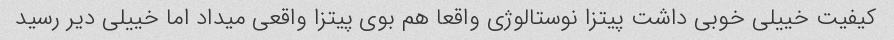
کیفیت خییلی خوبی داشت پیتزا نوستالوژی واقعا هم بوی پیتزا واقعی میداد اما خییلی دیر رسید